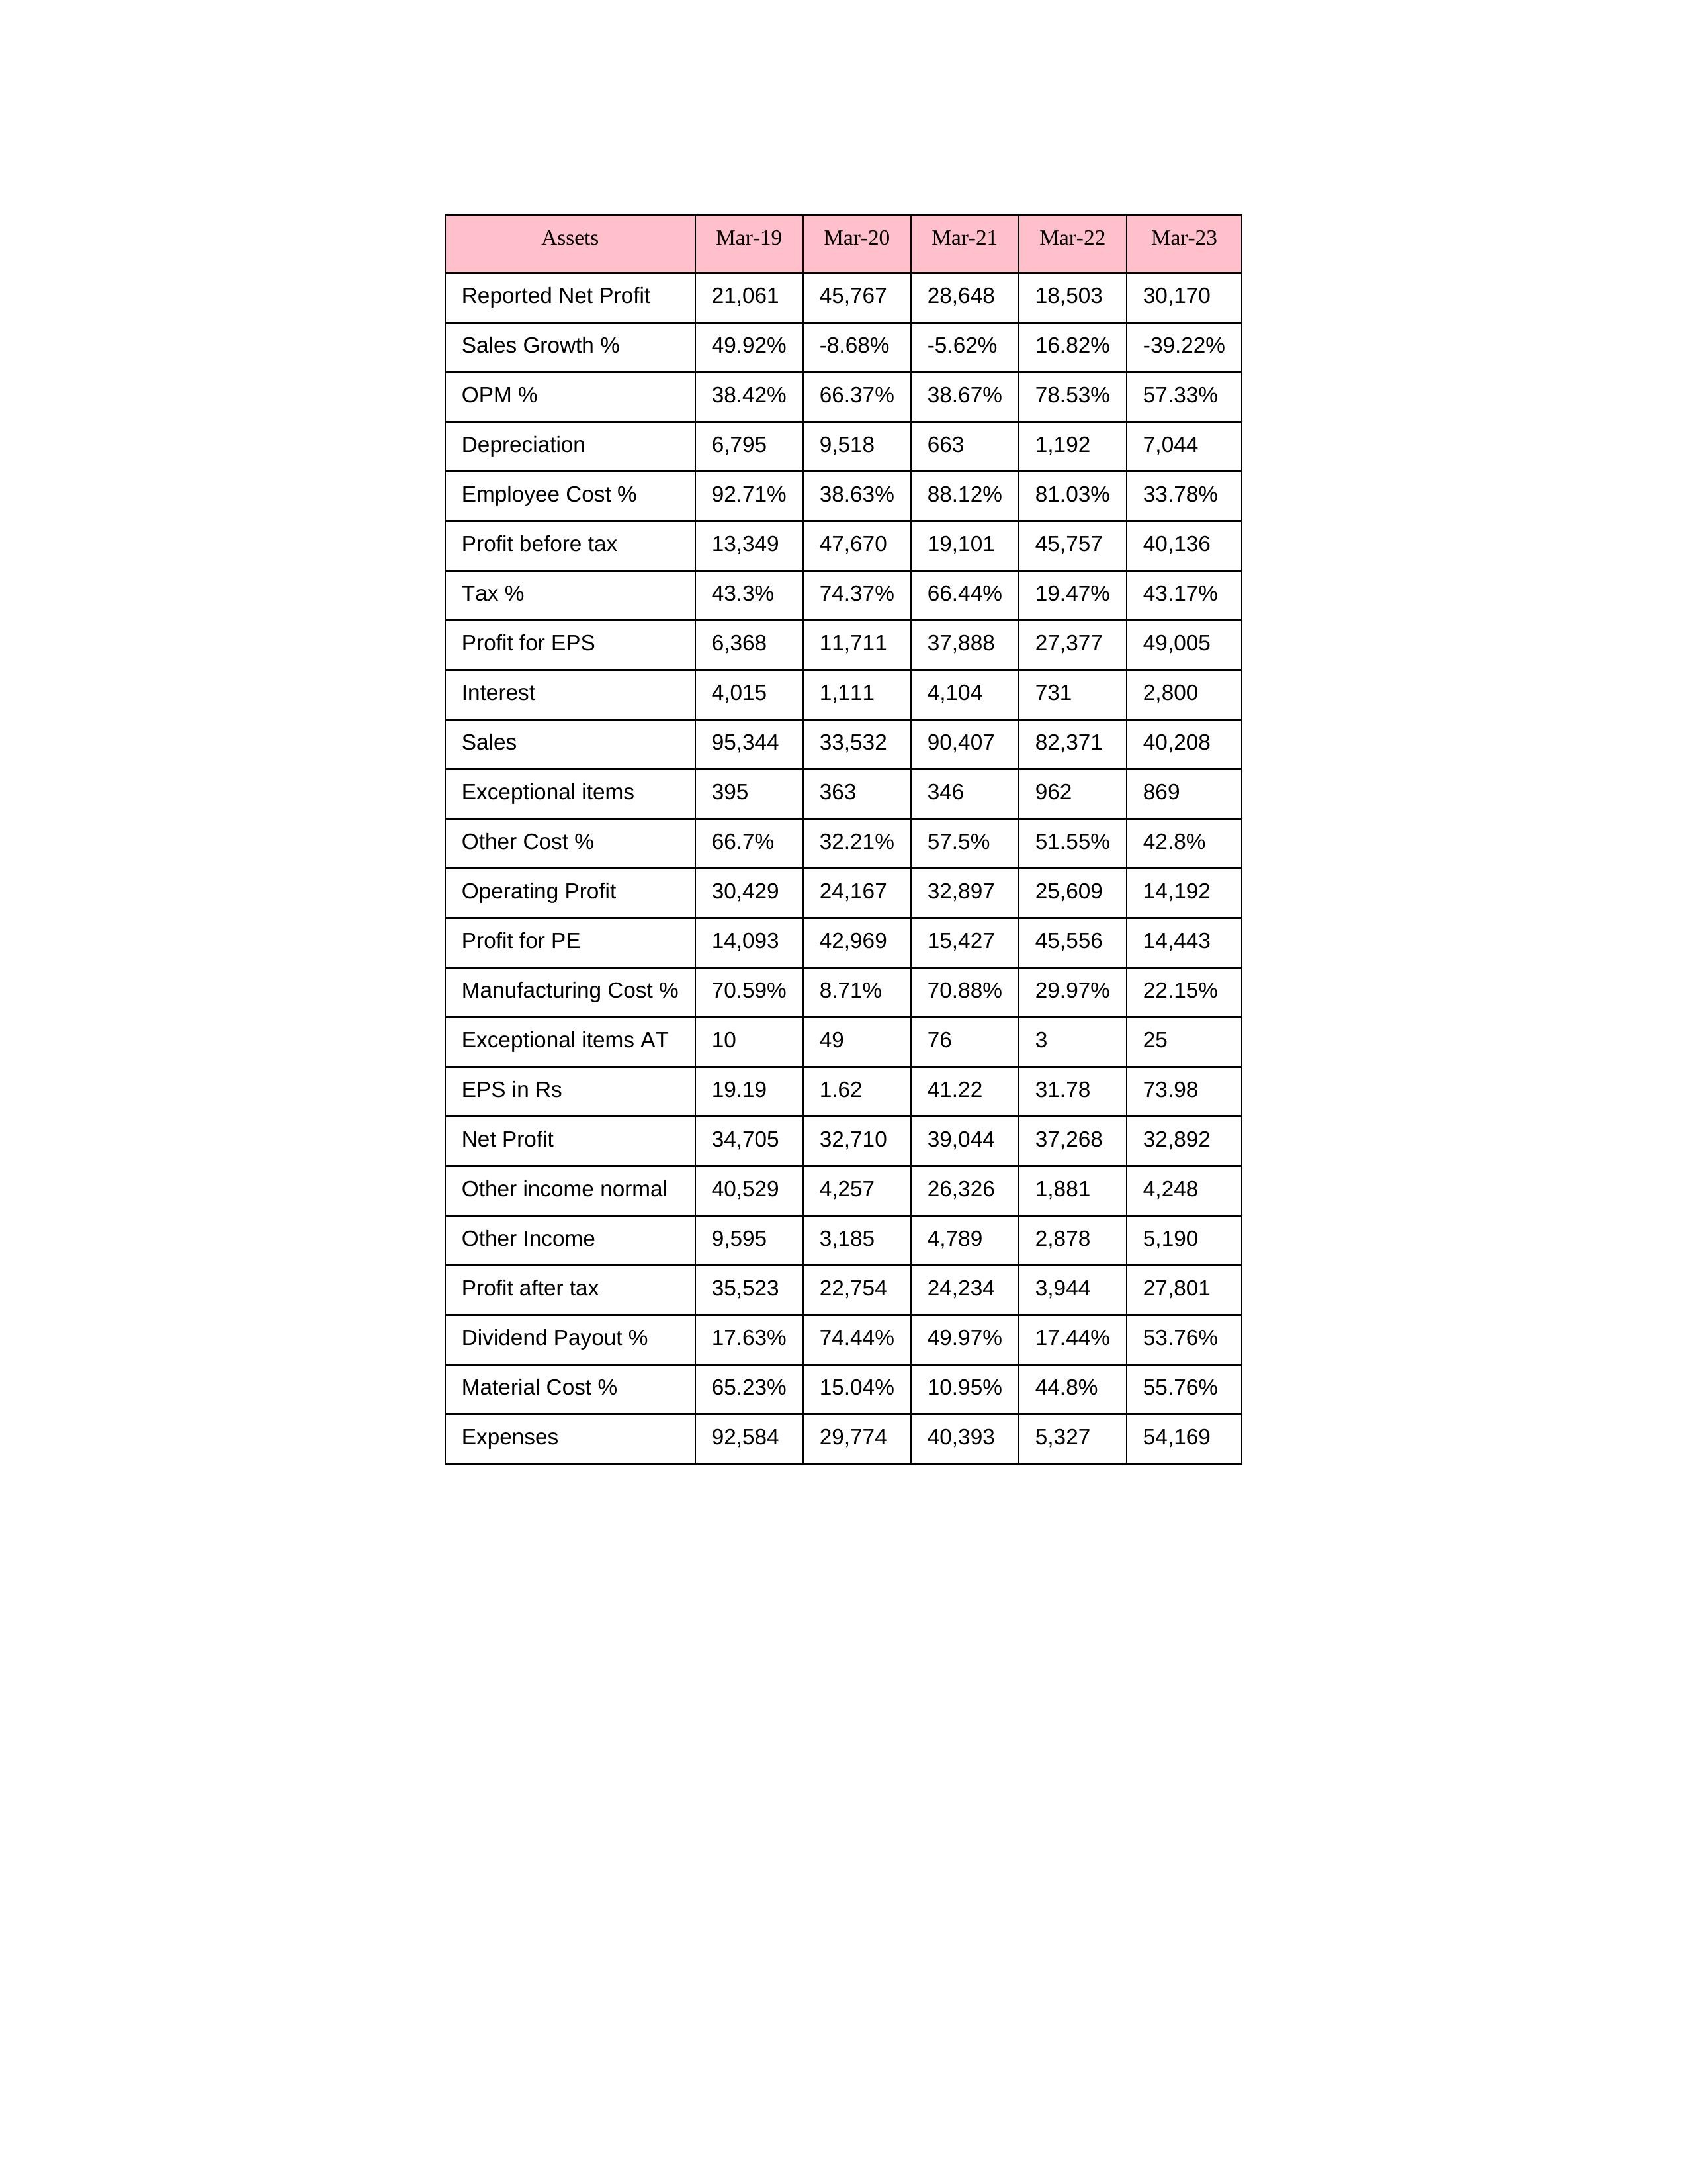
gt_parse: Mar-19: Sales: 95,344
Sales Growth %: 49.92%
Expenses: 92,584
Material Cost %: 65.23%
Manufacturing Cost %: 70.59%
Employee Cost %: 92.71%
Other Cost %: 66.7%
Operating Profit: 30,429
OPM %: 38.42%
Other Income: 9,595
Exceptional items: 395
Other income normal: 40,529
Interest: 4,015
Depreciation: 6,795
Profit before tax: 13,349
Tax %: 43.3%
Net Profit: 34,705
Profit after tax: 35,523
Reported Net Profit: 21,061
Profit for EPS: 6,368
Exceptional items AT: 10
Profit for PE: 14,093
EPS in Rs: 19.19
Dividend Payout %: 17.63%
Mar-20: Sales: 33,532
Sales Growth %: -8.68%
Expenses: 29,774
Material Cost %: 15.04%
Manufacturing Cost %: 8.71%
Employee Cost %: 38.63%
Other Cost %: 32.21%
Operating Profit: 24,167
OPM %: 66.37%
Other Income: 3,185
Exceptional items: 363
Other income normal: 4,257
Interest: 1,111
Depreciation: 9,518
Profit before tax: 47,670
Tax %: 74.37%
Net Profit: 32,710
Profit after tax: 22,754
Reported Net Profit: 45,767
Profit for EPS: 11,711
Exceptional items AT: 49
Profit for PE: 42,969
EPS in Rs: 1.62
Dividend Payout %: 74.44%
Mar-21: Sales: 90,407
Sales Growth %: -5.62%
Expenses: 40,393
Material Cost %: 10.95%
Manufacturing Cost %: 70.88%
Employee Cost %: 88.12%
Other Cost %: 57.5%
Operating Profit: 32,897
OPM %: 38.67%
Other Income: 4,789
Exceptional items: 346
Other income normal: 26,326
Interest: 4,104
Depreciation: 663
Profit before tax: 19,101
Tax %: 66.44%
Net Profit: 39,044
Profit after tax: 24,234
Reported Net Profit: 28,648
Profit for EPS: 37,888
Exceptional items AT: 76
Profit for PE: 15,427
EPS in Rs: 41.22
Dividend Payout %: 49.97%
Mar-22: Sales: 82,371
Sales Growth %: 16.82%
Expenses: 5,327
Material Cost %: 44.8%
Manufacturing Cost %: 29.97%
Employee Cost %: 81.03%
Other Cost %: 51.55%
Operating Profit: 25,609
OPM %: 78.53%
Other Income: 2,878
Exceptional items: 962
Other income normal: 1,881
Interest: 731
Depreciation: 1,192
Profit before tax: 45,757
Tax %: 19.47%
Net Profit: 37,268
Profit after tax: 3,944
Reported Net Profit: 18,503
Profit for EPS: 27,377
Exceptional items AT: 3
Profit for PE: 45,556
EPS in Rs: 31.78
Dividend Payout %: 17.44%
Mar-23: Sales: 40,208
Sales Growth %: -39.22%
Expenses: 54,169
Material Cost %: 55.76%
Manufacturing Cost %: 22.15%
Employee Cost %: 33.78%
Other Cost %: 42.8%
Operating Profit: 14,192
OPM %: 57.33%
Other Income: 5,190
Exceptional items: 869
Other income normal: 4,248
Interest: 2,800
Depreciation: 7,044
Profit before tax: 40,136
Tax %: 43.17%
Net Profit: 32,892
Profit after tax: 27,801
Reported Net Profit: 30,170
Profit for EPS: 49,005
Exceptional items AT: 25
Profit for PE: 14,443
EPS in Rs: 73.98
Dividend Payout %: 53.76%